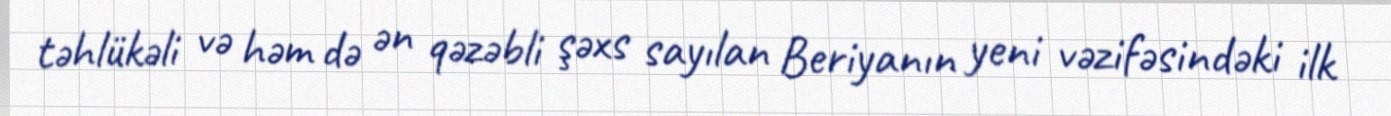
təhlükəli və həm də ən qəzəbli şəxs sayılan Beriyanın yeni vəzifəsindəki ilk